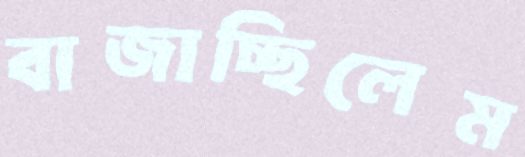
বাজাচ্ছিলেম